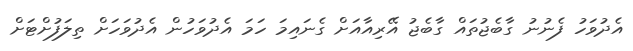
އެދުވަހު ފެނުނު ގާބެޖުތައް ގާބެޖު އޭރިއާއަށް ގެނައިމަ ހަމަ އެދުވަހުން އެދުވަހަށް ތިލަފުށްޓަށް